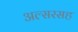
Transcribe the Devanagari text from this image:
अल्सरसह